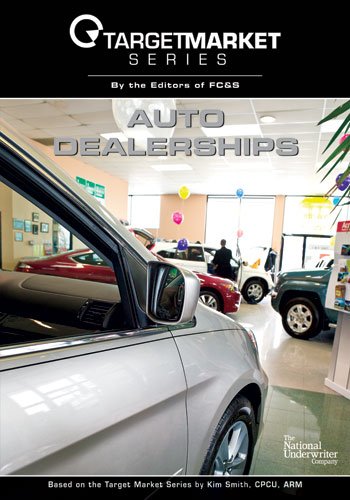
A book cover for Target Market Series - Auto Dealerships; Kim Smith; Engineering & Transportation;